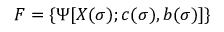
{ \cal F } = \{ \Psi [ X ( \sigma ) ; c ( \sigma ) , b ( \sigma ) ] \}